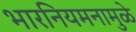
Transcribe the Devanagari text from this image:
भारनियमनामुळे